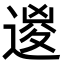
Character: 𨔩